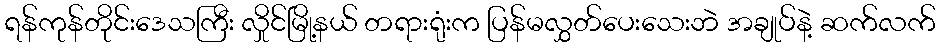
ရန်ကုန်တိုင်းဒေသကြီး လှိုင်မြို့နယ် တရားရုံးက ပြန်မလွှတ်ပေးသေးဘဲ အချုပ်နဲ့ ဆက်လက်